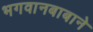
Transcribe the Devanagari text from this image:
भगवानबाबाने